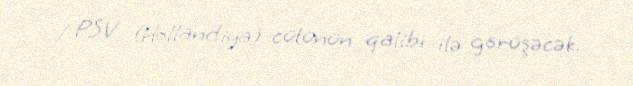
/ PSV (Hollandiya) cütünün qalibi ilə görüşəcək.